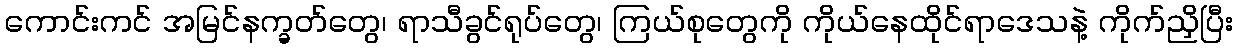
ကောင်းကင် အမြင်နက္ခတ်တွေ၊ ရာသီခွင်ရုပ်တွေ၊ ကြယ်စုတွေကို ကိုယ်နေထိုင်ရာဒေသနဲ့ ကိုက်ညှိပြီး